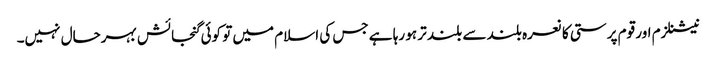
نیشنلزم اور قوم پرستی کا نعرہ بلند سے بلند تر ہو رہا ہے جس کی اسلام میں تو کوئی گنجائش بہرحال نہیں۔